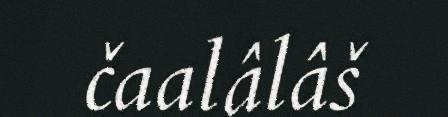
čaalâlâš